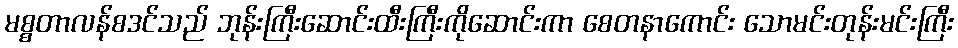
မစ္စတာလန်စဒင်သည် ဘုန်းကြီးဆောင်းထီးကြီးကိုဆောင်းကာ စေတနာကောင်း သောမင်းတုန်းမင်းကြီး